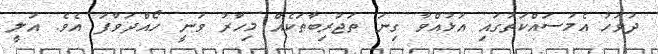
ދުވަހު އެމަސައްކަތުގައި އުޅުއްވާ ގިނަ ތަޖުރިބާތަކެއް މިހާރު ވަނީ ހޯއްދަވާފަ އެވެ. އަލީ